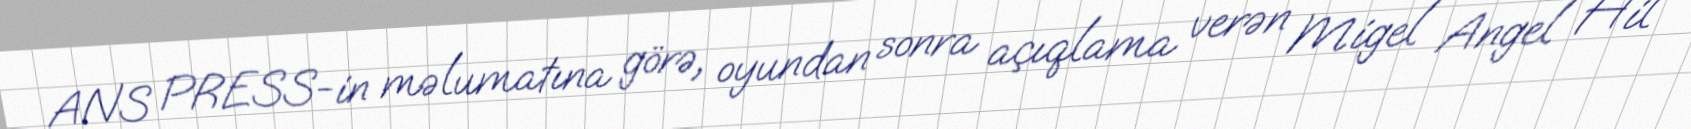
ANS PRESS-in məlumatına görə, oyundan sonra açıqlama verən Migel Angel Hil